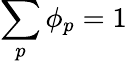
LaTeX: \sum_{p}\phi_{p}=1